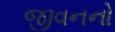
જીવનનો